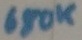
Text: 680K